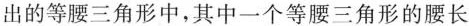
出的等腰三角形中，其中一个等腰三角形的腰长